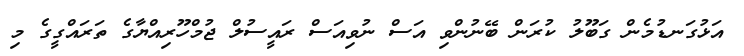
އަޅުގަނޑުމެން ގަބޫލު ކުރަން ބޭނުންވި އަސް ނުވިއަސް ރައީސުލް ޖުމްހޫރިއްޔާގެ ތަރައްގީގެ މި